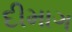
દીમાગ